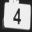
Digit: 4